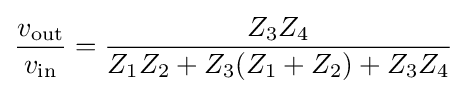
{\frac {v_{\text{out}}}{v_{\text{in}}}}={\frac {Z_{3}Z_{4}}{Z_{1}Z_{2}+Z_{3}(Z_{1}+Z_{2})+Z_{3}Z_{4}}}